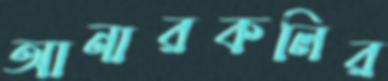
আনারকলির